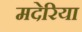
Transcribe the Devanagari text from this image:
मदेरिया